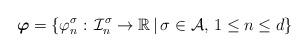
LaTeX: \begin{align*}\boldsymbol{\varphi} = \{ \varphi_n^{\sigma}:\, \mathcal{I}_n^{\sigma}\to \mathbb{R}\, |\, \sigma\in\mathcal{A},\, 1\leq n\leq d\}\end{align*}